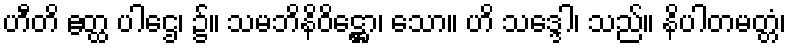
ဟီတိ ဧတ္ထ ပါဌေ၊ ၌။ သမဘိနိဝိဋ္ဌော၊ သော။ ဟိ သဒ္ဒေါ၊ သည်။ နိပါတမတ္တံ၊